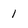
Character: 1